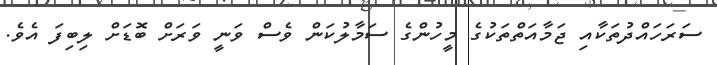
ސަރަހައްދުތަކާއި ޖަމާއަތްތަކުގެ މީހުންގެ ސަމާލުކަން ވެސް ވަނީ ވަރަށް ބޮޑަށް ލިބިފަ އެވެ.